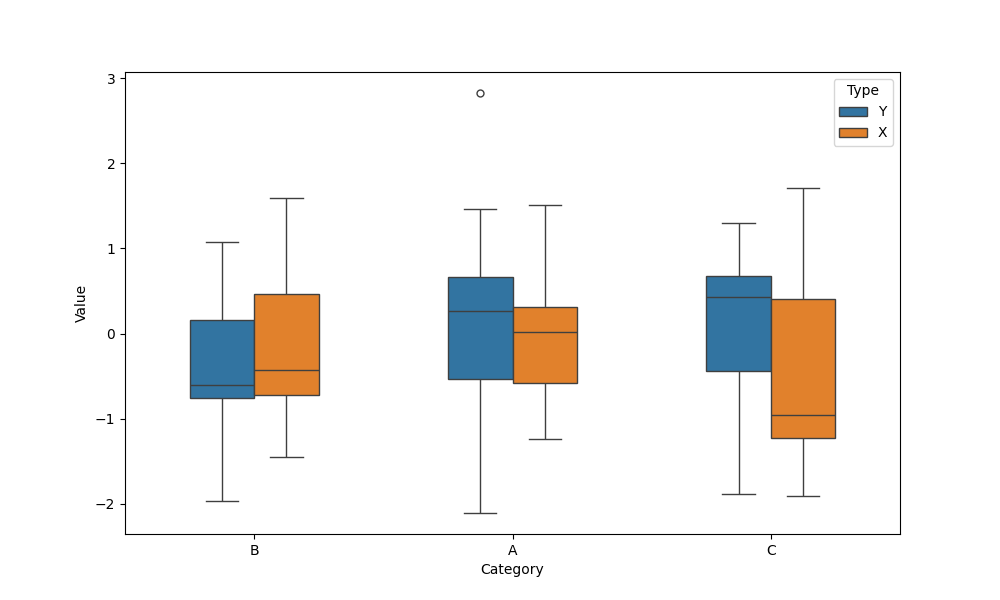
python, seaborn, boxplot, width=0.5, linewidth=1, fliersize=5, notch=False